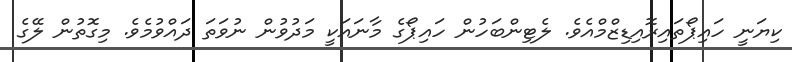
ކިޔަނީ ހައިޕޯތައިރޮއިޑިޒްމްއެވެ. ލެޓިންބަހުން ހައިޕޯގެ މާނައަކީ މަދުވުން ނުވަތަ ދައްވުމެވެ. މިގޮތުން ލޭގެ